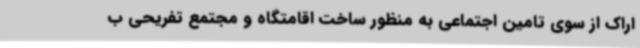
اراک از سوی تامین اجتماعی به منظور ساخت اقامتگاه و مجتمع تفریحی ب